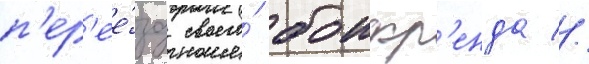
п'ер'ее́зд своего́ боифр'енда //